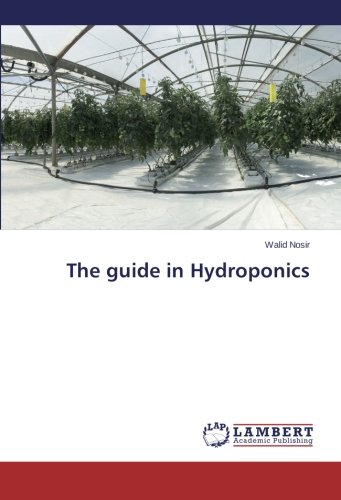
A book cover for The guide in Hydroponics; Walid Nosir; Science & Math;